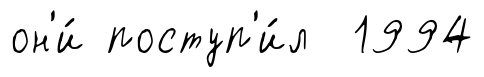
он'и́ поступ'и́л 1994